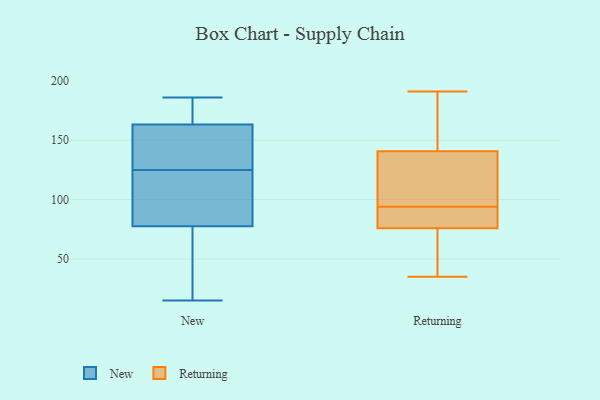
{"axis": {"x": "Tickets Resolved", "y": "Value"}, "legend": ["New", "Returning"], "data": [{"x": "", "y": 123, "type": "New"}, {"x": "", "y": 160, "type": "New"}, {"x": "", "y": 95, "type": "New"}, {"x": "", "y": 156, "type": "New"}, {"x": "", "y": 143, "type": "New"}, {"x": "", "y": 173, "type": "New"}, {"x": "", "y": 140, "type": "New"}, {"x": "", "y": 66, "type": "New"}, {"x": "", "y": 186, "type": "New"}, {"x": "", "y": 176, "type": "New"}, {"x": "", "y": 15, "type": "New"}, {"x": "", "y": 72, "type": "New"}, {"x": "", "y": 78, "type": "New"}, {"x": "", "y": 114, "type": "New"}, {"x": "", "y": 125, "type": "New"}, {"x": "", "y": 174, "type": "New"}, {"x": "", "y": 76, "type": "New"}, {"x": "", "y": 64, "type": "Returning"}, {"x": "", "y": 94, "type": "Returning"}, {"x": "", "y": 144, "type": "Returning"}, {"x": "", "y": 186, "type": "Returning"}, {"x": "", "y": 131, "type": "Returning"}, {"x": "", "y": 75, "type": "Returning"}, {"x": "", "y": 35, "type": "Returning"}, {"x": "", "y": 126, "type": "Returning"}, {"x": "", "y": 92, "type": "Returning"}, {"x": "", "y": 78, "type": "Returning"}, {"x": "", "y": 191, "type": "Returning"}]}